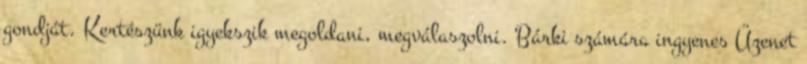
gondját. Kertészünk igyekszik megoldani, megválaszolni. Bárki számára ingyenes Üzenet